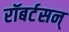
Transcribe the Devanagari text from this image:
रॉबर्टसन्